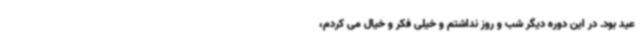
عید بود. در این دوره دیگر شب و روز نداشتم و خیلی فکر و خیال می کردم،